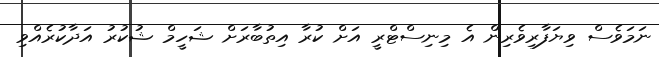
ނަމަވެސް ވިޔަފާރިވެރިން އެ މިނިސްޓްރީ އަށް ކުރާ އިތުބާރަށް ޝަހީމް ޝުކުރު އަދާކުރެއްވި